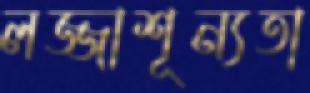
লজ্জাশূন্যতা